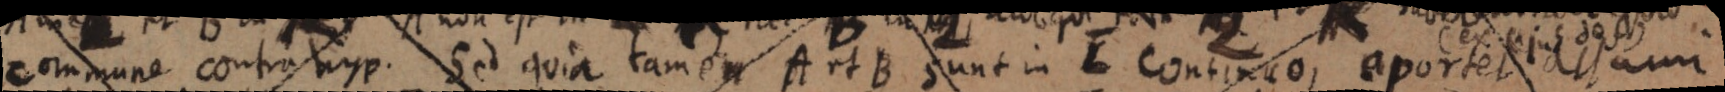
commune contra hyp. Sed quia tamen A et B sunt in L continuo, aportet assumi